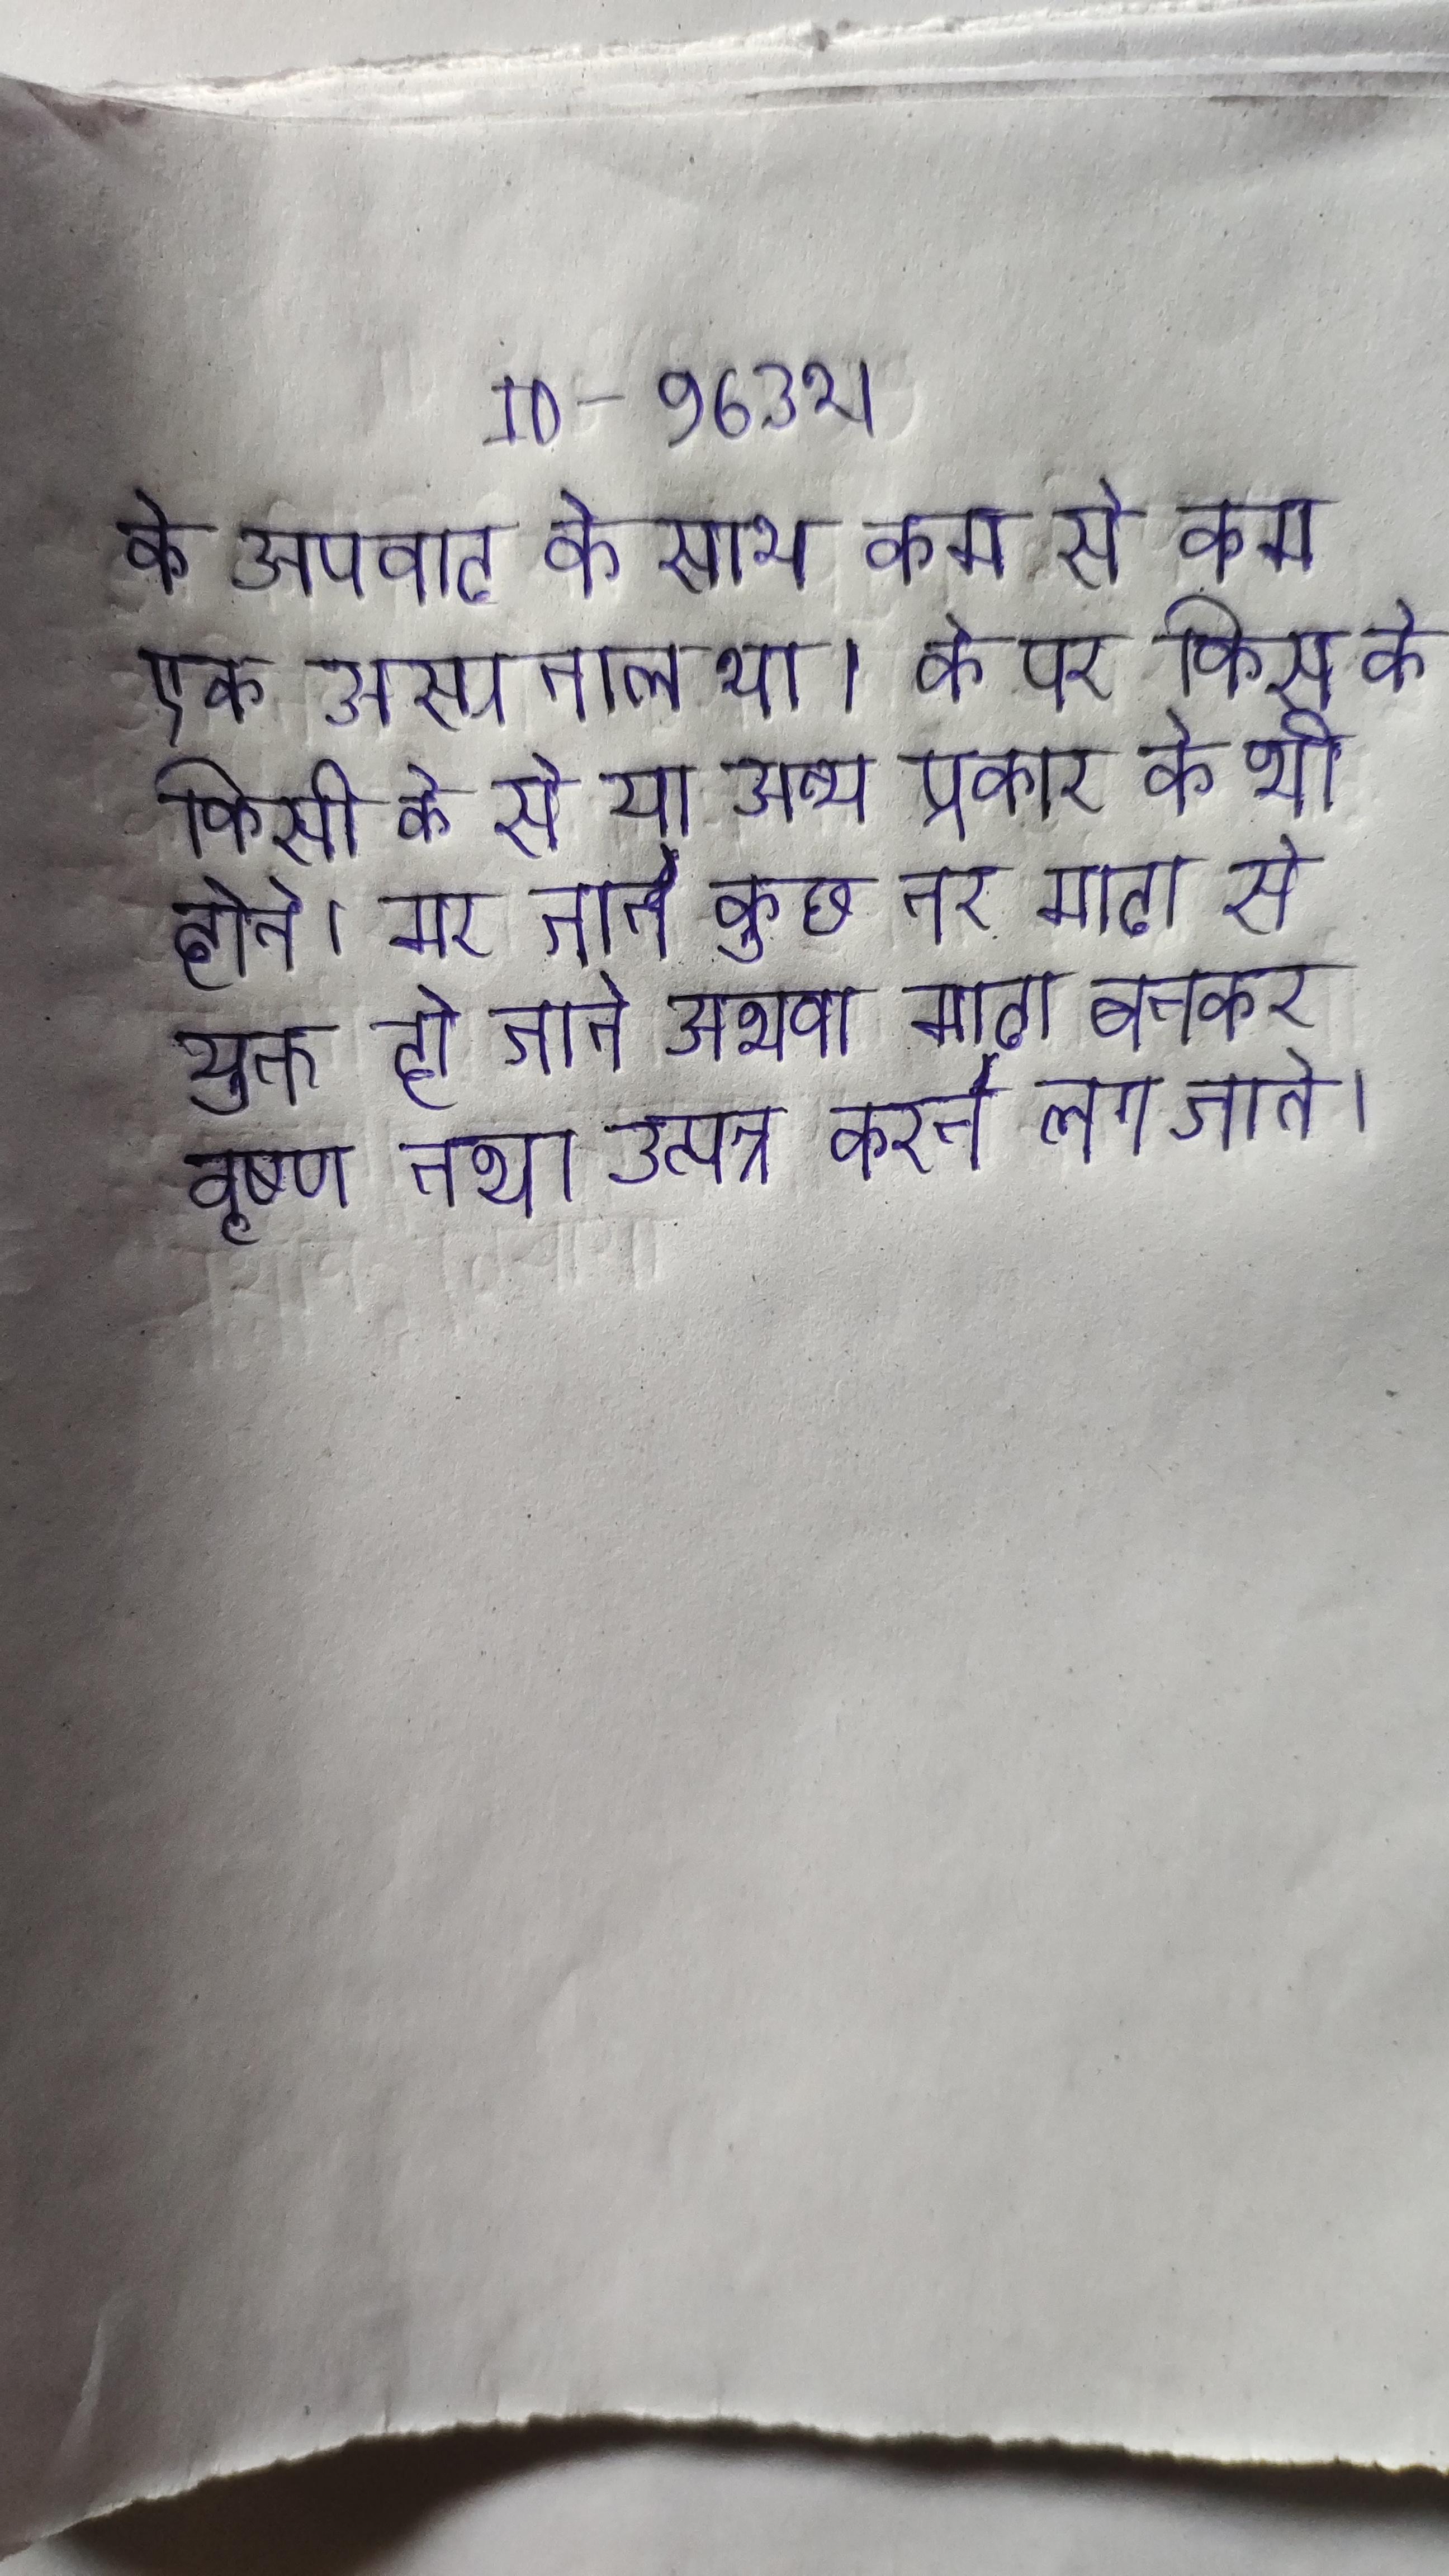
के अपवाद के साथ कम से कम एक अस्पताल था । के पर किस के किसी के से या अन्य प्रकार के भी होते । मर जाते कुछ नर मादा से युक्त हो जाते अथवा मादा बनकर वृषण तथा उत्पन्न करने लग जाते ।